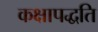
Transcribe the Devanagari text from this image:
कक्षापद्धति